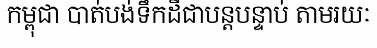
កម្ពុជា បាត់បង់ទឹកដីជាបន្តបន្ទាប់ តាមរយៈ